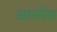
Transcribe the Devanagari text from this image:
आर्मास